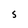
Character: S